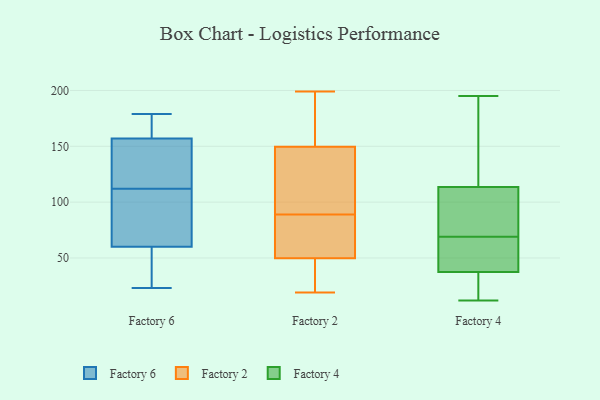
{"axis": {"x": "Inventory Turnover", "y": "Value"}, "legend": ["Factory 2", "Factory 4", "Factory 6"], "data": [{"x": "", "y": 179, "type": "Factory 6"}, {"x": "", "y": 88, "type": "Factory 6"}, {"x": "", "y": 166, "type": "Factory 6"}, {"x": "", "y": 31, "type": "Factory 6"}, {"x": "", "y": 63, "type": "Factory 6"}, {"x": "", "y": 175, "type": "Factory 6"}, {"x": "", "y": 176, "type": "Factory 6"}, {"x": "", "y": 23, "type": "Factory 6"}, {"x": "", "y": 116, "type": "Factory 6"}, {"x": "", "y": 60, "type": "Factory 6"}, {"x": "", "y": 154, "type": "Factory 6"}, {"x": "", "y": 64, "type": "Factory 6"}, {"x": "", "y": 128, "type": "Factory 6"}, {"x": "", "y": 129, "type": "Factory 6"}, {"x": "", "y": 23, "type": "Factory 6"}, {"x": "", "y": 108, "type": "Factory 6"}, {"x": "", "y": 157, "type": "Factory 6"}, {"x": "", "y": 54, "type": "Factory 6"}, {"x": "", "y": 107, "type": "Factory 2"}, {"x": "", "y": 158, "type": "Factory 2"}, {"x": "", "y": 160, "type": "Factory 2"}, {"x": "", "y": 20, "type": "Factory 2"}, {"x": "", "y": 199, "type": "Factory 2"}, {"x": "", "y": 72, "type": "Factory 2"}, {"x": "", "y": 89, "type": "Factory 2"}, {"x": "", "y": 33, "type": "Factory 2"}, {"x": "", "y": 31, "type": "Factory 2"}, {"x": "", "y": 166, "type": "Factory 2"}, {"x": "", "y": 122, "type": "Factory 2"}, {"x": "", "y": 19, "type": "Factory 2"}, {"x": "", "y": 70, "type": "Factory 2"}, {"x": "", "y": 124, "type": "Factory 2"}, {"x": "", "y": 183, "type": "Factory 2"}, {"x": "", "y": 122, "type": "Factory 2"}, {"x": "", "y": 55, "type": "Factory 2"}, {"x": "", "y": 48, "type": "Factory 2"}, {"x": "", "y": 86, "type": "Factory 2"}, {"x": "", "y": 12, "type": "Factory 4"}, {"x": "", "y": 62, "type": "Factory 4"}, {"x": "", "y": 195, "type": "Factory 4"}, {"x": "", "y": 35, "type": "Factory 4"}, {"x": "", "y": 54, "type": "Factory 4"}, {"x": "", "y": 67, "type": "Factory 4"}, {"x": "", "y": 106, "type": "Factory 4"}, {"x": "", "y": 121, "type": "Factory 4"}, {"x": "", "y": 154, "type": "Factory 4"}, {"x": "", "y": 18, "type": "Factory 4"}, {"x": "", "y": 175, "type": "Factory 4"}, {"x": "", "y": 40, "type": "Factory 4"}, {"x": "", "y": 71, "type": "Factory 4"}, {"x": "", "y": 17, "type": "Factory 4"}, {"x": "", "y": 89, "type": "Factory 4"}, {"x": "", "y": 93, "type": "Factory 4"}]}